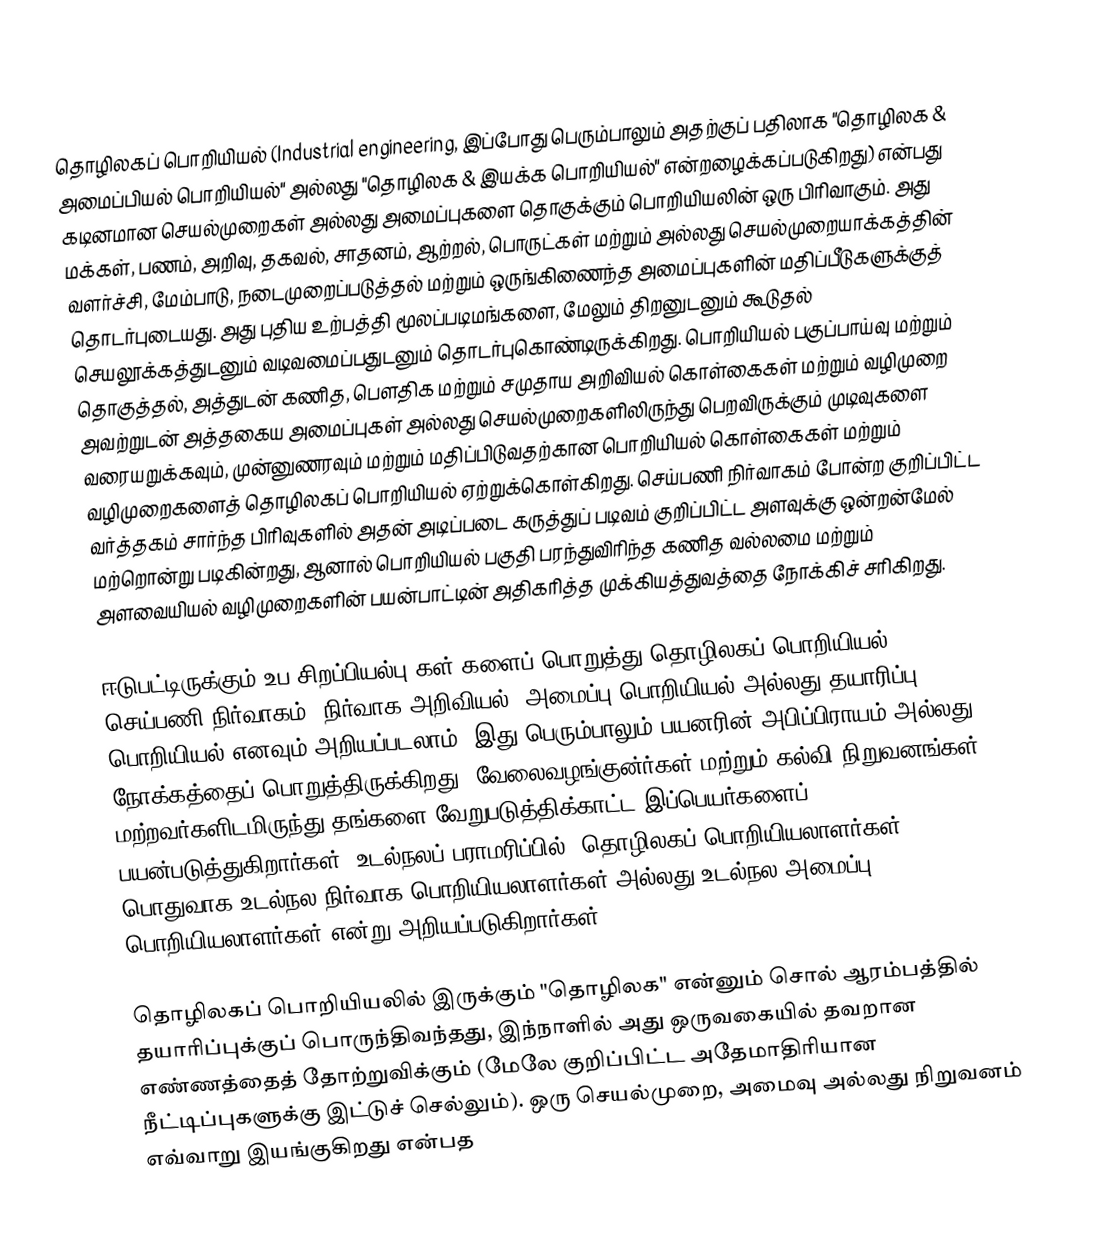
தொழிலகப் பொறியியல் (Industrial engineering, இப்போது பெரும்பாலும் அதற்குப் பதிலாக "தொழிலக & அமைப்பியல் பொறியியல்" அல்லது "தொழிலக & இயக்க பொறியியல்" என்றழைக்கப்படுகிறது) என்பது கடினமான செயல்முறைகள் அல்லது அமைப்புகளை தொகுக்கும் பொறியியலின் ஒரு பிரிவாகும். அது மக்கள், பணம், அறிவு, தகவல், சாதனம், ஆற்றல், பொருட்கள் மற்றும் அல்லது செயல்முறையாக்கத்தின் வளர்ச்சி, மேம்பாடு, நடைமுறைப்படுத்தல் மற்றும் ஒருங்கிணைந்த அமைப்புகளின் மதிப்பீடுகளுக்குத் தொடர்புடையது. அது புதிய உற்பத்தி மூலப்படிமங்களை, மேலும் திறனுடனும் கூடுதல் செயலூக்கத்துடனும் வடிவமைப்பதுடனும் தொடர்புகொண்டிருக்கிறது. பொறியியல் பகுப்பாய்வு மற்றும் தொகுத்தல், அத்துடன் கணித, பௌதிக மற்றும் சமுதாய அறிவியல் கொள்கைகள் மற்றும் வழிமுறை அவற்றுடன் அத்தகைய அமைப்புகள் அல்லது செயல்முறைகளிலிருந்து பெறவிருக்கும் முடிவுகளை வரையறுக்கவும், முன்னுணரவும் மற்றும் மதிப்பிடுவதற்கான பொறியியல் கொள்கைகள் மற்றும் வழிமுறைகளைத் தொழிலகப் பொறியியல் ஏற்றுக்கொள்கிறது. செய்பணி நிர்வாகம் போன்ற குறிப்பிட்ட வர்த்தகம் சார்ந்த பிரிவுகளில் அதன் அடிப்படை கருத்துப் படிவம் குறிப்பிட்ட அளவுக்கு ஒன்றன்மேல் மற்றொன்று படிகின்றது, ஆனால் பொறியியல் பகுதி பரந்துவிரிந்த கணித  வல்லமை மற்றும் அளவையியல் வழிமுறைகளின் பயன்பாட்டின் அதிகரித்த முக்கியத்துவத்தை நோக்கிச் சரிகிறது.

ஈடுபட்டிருக்கும் உப-சிறப்பியல்பு(கள்)களைப் பொறுத்து தொழிலகப் பொறியியல், செய்பணி நிர்வாகம், நிர்வாக அறிவியல், அமைப்பு பொறியியல் அல்லது தயாரிப்பு பொறியியல் எனவும் அறியப்படலாம், இது பெரும்பாலும் பயனரின் அபிப்பிராயம் அல்லது நோக்கத்தைப் பொறுத்திருக்கிறது. வேலைவழங்குன்ர்கள் மற்றும் கல்வி நிறுவனங்கள் மற்றவர்களிடமிருந்து தங்களை வேறுபடுத்திக்காட்ட இப்பெயர்களைப் பயன்படுத்துகிறார்கள். உடல்நலப் பராமரிப்பில், தொழிலகப் பொறியியலாளர்கள் பொதுவாக உடல்நல நிர்வாக பொறியியலாளர்கள் அல்லது உடல்நல அமைப்பு பொறியியலாளர்கள் என்று அறியப்படுகிறார்கள்.

தொழிலகப் பொறியியலில் இருக்கும் "தொழிலக" என்னும் சொல் ஆரம்பத்தில் தயாரிப்புக்குப் பொருந்திவந்தது, இந்நாளில் அது ஒருவகையில் தவறான எண்ணத்தைத் தோற்றுவிக்கும் (மேலே குறிப்பிட்ட அதேமாதிரியான நீட்டிப்புகளுக்கு இட்டுச் செல்லும்). ஒரு செயல்முறை, அமைவு அல்லது நிறுவனம் எவ்வாறு இயங்குகிறது என்பத